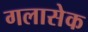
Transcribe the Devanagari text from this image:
गलासेक